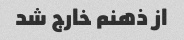
از ذهنم خارج شد